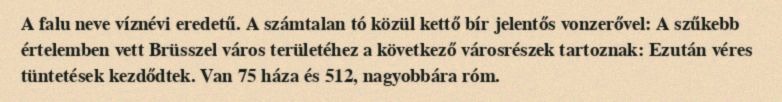
A falu neve víznévi eredetű. A számtalan tó közül kettő bír jelentős vonzerővel: A szűkebb értelemben vett Brüsszel város területéhez a következő városrészek tartoznak: Ezután véres tüntetések kezdődtek. Van 75 háza és 512, nagyobbára róm.